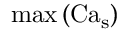
\operatorname* { m a x } \left( \operatorname { C a } _ { \mathrm { s } } \right)